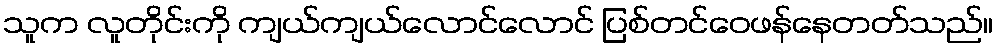
သူက လူတိုင်းကို ကျယ်ကျယ်လောင်လောင် ပြစ်တင်ဝေဖန်နေတတ်သည်။